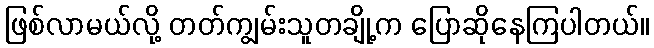
ဖြစ်လာမယ်လို့ တတ်ကျွမ်းသူတချို့က ပြောဆိုနေကြပါတယ်။